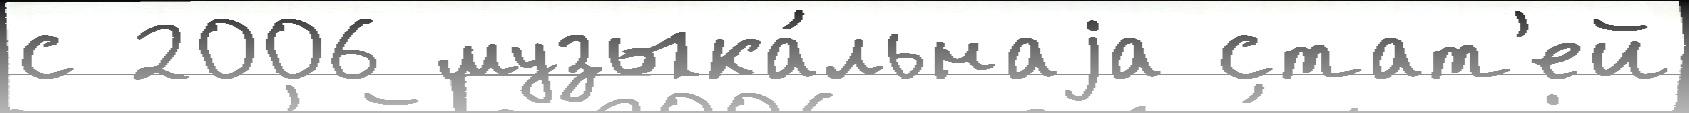
с 2006 музыка́льнаjа стат'ей